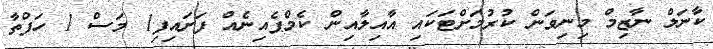
ކާނަލް ނާޒިމް މިނިވަން ކުރުމަށްޓަކައި އާއިލާއިން ކެމްޕެއިނެއް ފަށައިފި1 މަސް 1 ހަފްތާ